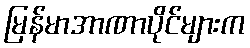
မြန်မာအာဏာပိုင်များက